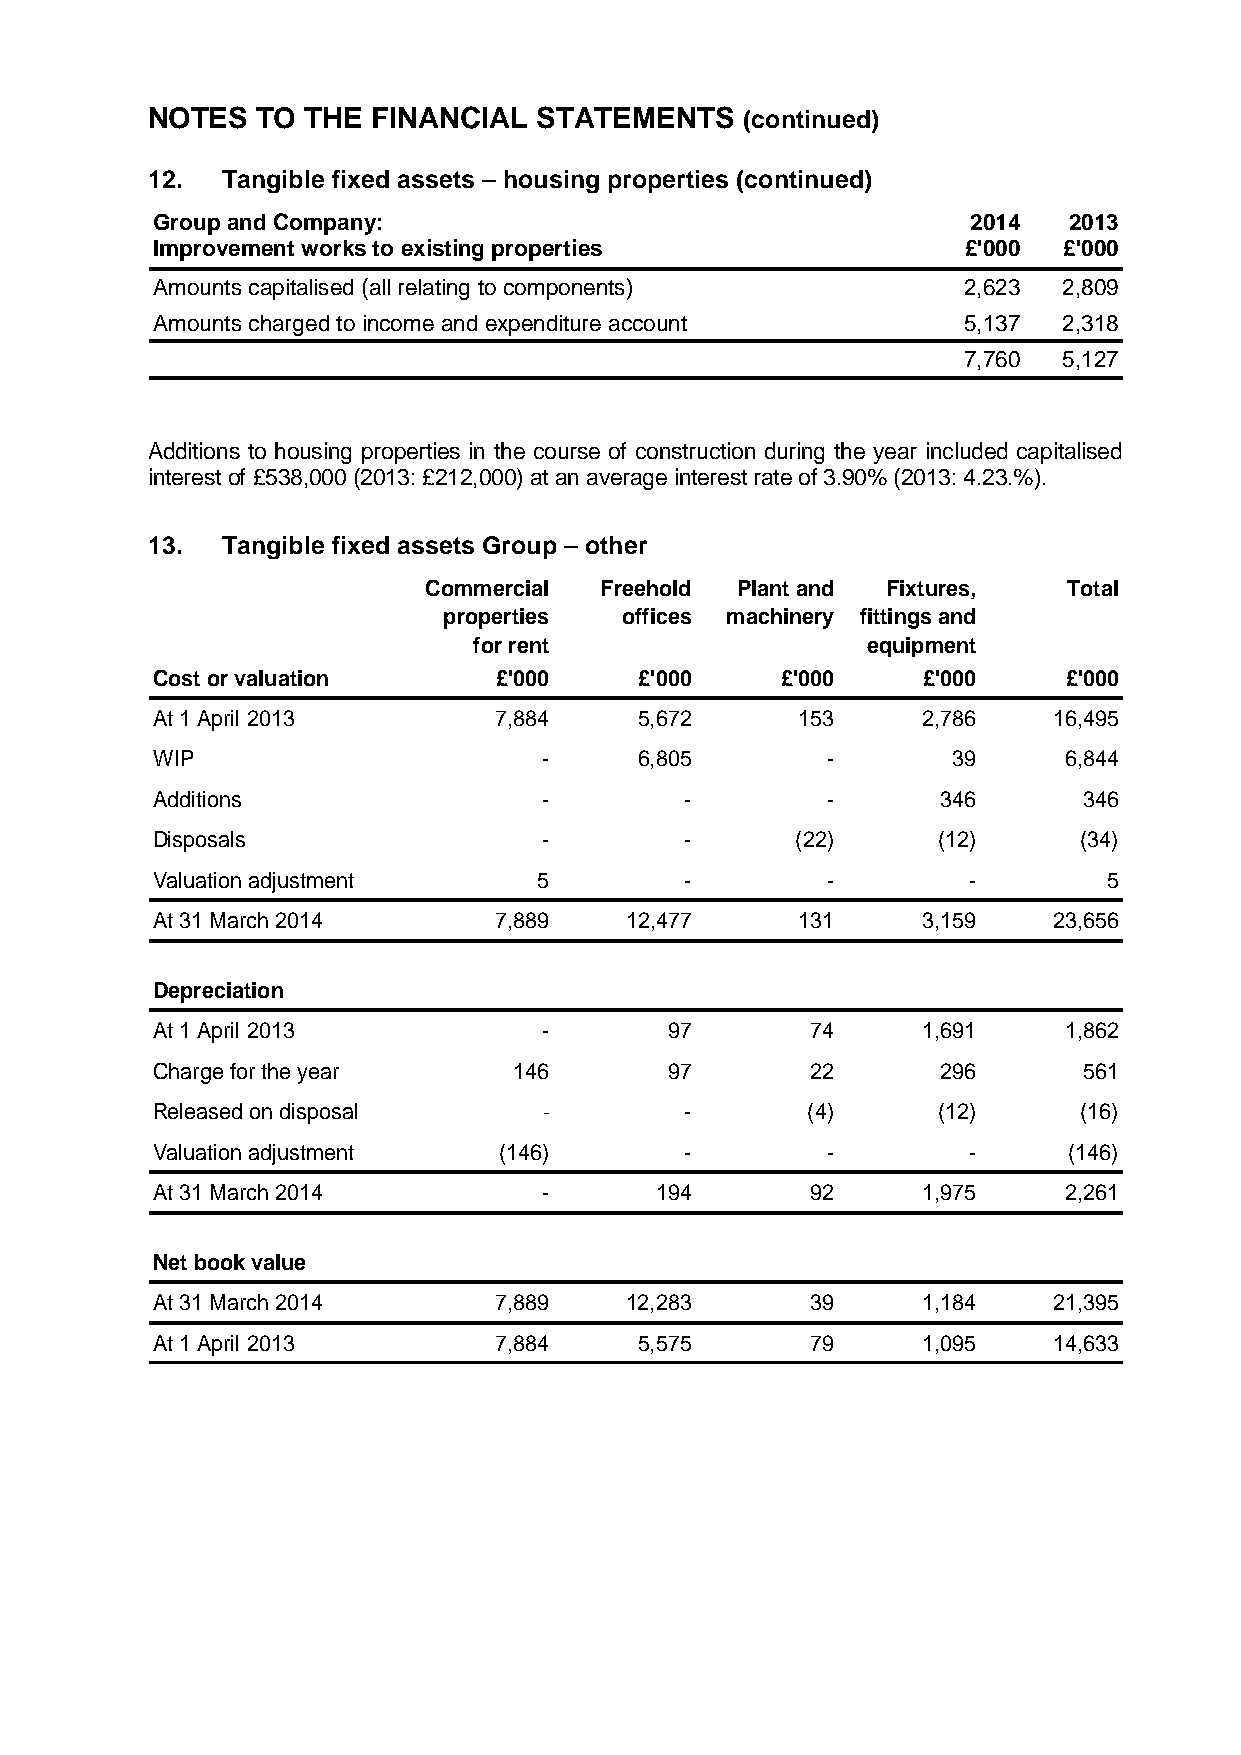
NOTES  TO THE  FINANCIAL  STATEMENTS   (continued)
 12.  Tangible fixed assets – housing properties (continued)
 Group and Company:                                    2014   2013
 Improvement works to existing properties              £'000 £'000
 Amounts capitalised (all relating to components)      2,623 2,809
 Amounts charged to income and expenditure account     5,137 2,318
 7,760 5,127
 Additions to housing properties in the course of construction during the year included capitalised
 interest of £538,000 (2013: £212,000) at an average interest rate of 3.90% (2013: 4.23.%).
 13.  Tangible fixed assets Group – other
 Commercial  Freehold Plant and Fixtures,   Total
 properties  offices machinery fittings and
 for rent                  equipment
 Cost or valuation      £'000    £'000     £'000    £'000     £'000
 At 1 April 2013        7,884    5,672      153     2,786    16,495
 WIP                       -     6,805        -       39     6,844
 Additions                 -        -         -      346       346
 Disposals                 -        -       (22)     (12)     (34)
 Valuation adjustment      5        -         -        -        5
 At 31 March 2014       7,889   12,477      131     3,159    23,656
 Depreciation
 At 1 April 2013           -       97        74     1,691    1,862
 Charge for the year     146       97        22      296       561
 Released on disposal      -        -       (4)      (12)     (16)
 Valuation adjustment   (146)       -         -        -      (146)
 At 31 March 2014          -      194        92     1,975    2,261
 Net book value
 At 31 March 2014       7,889   12,283       39     1,184    21,395
 At 1 April 2013        7,884    5,575       79     1,095    14,633